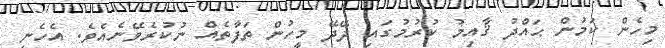
މިހެން ކަމުން ޙައްދު ޤާއިމު ކުރުމުގައި ދޭދޭ މީހުން ތަފާތެއް ނުކުރެވޭނެއެވެ. އެހެނީ